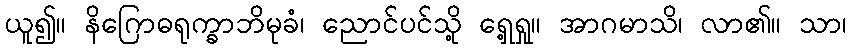
ယူ၍။ နိဂြောဓရုက္ခာဘိမုခံ၊ ညောင်ပင်သို့ ရှေ့ရှု။ အာဂမာသိ၊ လာ၏။ သာ၊